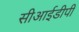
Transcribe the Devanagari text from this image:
सीआईडीपी